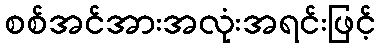
စစ်အင်အားအလုံးအရင်းဖြင့်